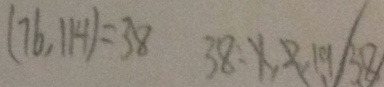
( 7 6 , 1 1 4 ) = 3 8 3 8 : 1 , 2 , 1 9 . 3 8